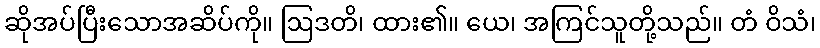
ဆိုအပ်ပြီးသောအဆိပ်ကို။ ဩဒတိ၊ ထား၏။ ယေ၊ အကြင်သူတို့သည်။ တံ ဝိသံ၊